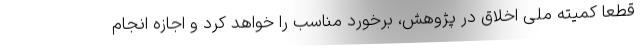
قطعا کمیته ملی اخلاق در پژوهش، برخورد مناسب را خواهد کرد و اجازه انجام